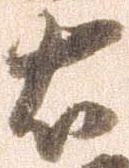
右